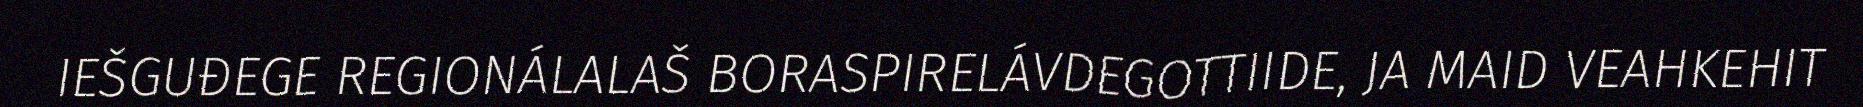
IEŠGUĐEGE REGIONÁLALAŠ BORASPIRELÁVDEGOTTIIDE, JA MAID VEAHKEHIT